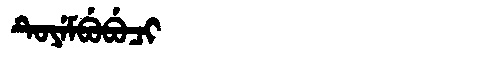
Manchu: ᡨᡠᠶᡝᠮᠪᡠᠪᡠᠴᡳ
Romanization: TUYEMBUBUCI